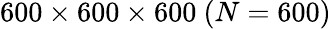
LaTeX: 600\times 600\times 600~(N=600)